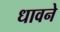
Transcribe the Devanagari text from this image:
धावने